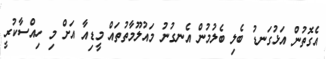
އެގޮތުން އަޅުގަނޑު ބެލި ބެލުމުން އެނގުނު މައުލޫމާތުތައް މީޑިއާ އަށް މި ހިއްސާކުރީ